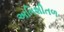
અતિશીતળ